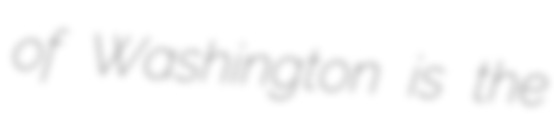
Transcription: of Washington is the